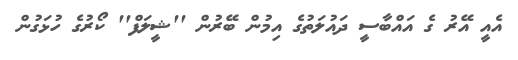
އެއީ އޭރު ގެ އައްބާސީ ދައުލަތުގެ އިމުން ބޭރުން ''ޝީލަފް'' ކޯރުގެ ހުޅަގުން